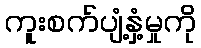
ကူးစက်ပျံ့နှံ့မှုကို